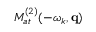
{ \cal M } _ { a t } ^ { ( 2 ) } ( - \omega _ { k } , \mathbf { q } )